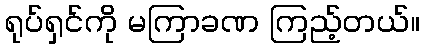
ရုပ်ရှင်ကို မကြာခဏ ကြည့်တယ်။